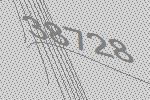
38728